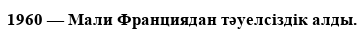
1960 — Мали Франциядан тәуелсіздік алды.